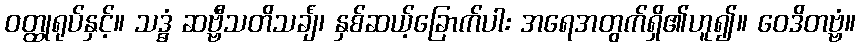
ဝတ္ထုရုပ်နှင့်။ သဒ္ဓံ ဆဗ္ဗီသတိသင်္ချံ၊ နှစ်ဆယ့်ခြောက်ပါး အရေအတွက်ရှိ၏ဟူ၍။ ဝေဒိတဗ္ဗံ။